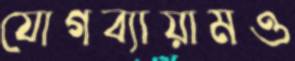
যোগব্যায়ামও